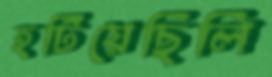
হটিয়েছিলি